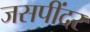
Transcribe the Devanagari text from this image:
जसपींदर